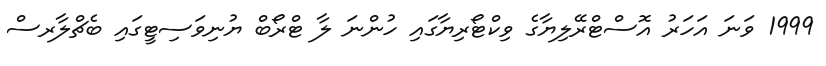
1999 ވަނަ އަހަރު އޮސްޓްރޭލިޔާގެ ވިކްޓޯރިޔާގައި ހުންނަ ލާ ޓްރޯބް ޔުނިވަސިޓީގައި ބެޗްލާރސް